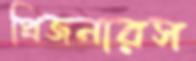
প্রিজনারস